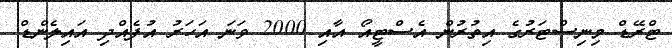
ޓްރޭޑް މިނިސްޓަރުގެ އިތުރުން އެސްޓީއޯ އާއި 2000 ވަނަ އަހަރު އުފެއްދި އައިލެންޑް